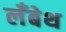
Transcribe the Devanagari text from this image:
लँबेथ